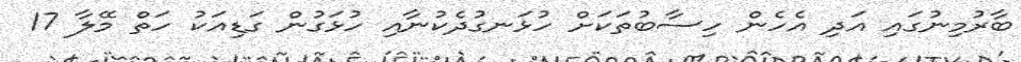
ބާރުމިނުގައި އަދި އެހެން ހިސާބުތަކަށް ހުޅަނގުދެކުނާއި ހުޅަގުން ގަޑިއަކު ހަތް މޭލާ 17